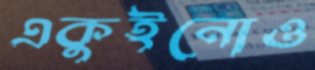
একুইনোও